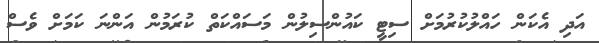
އަދި އެކަން ހައްލުކުރުމަށް ސިޓީ ކައުންސިލުން މަސައްކަތް ކުރަމުން އަންނަ ކަމަށް ވެސް